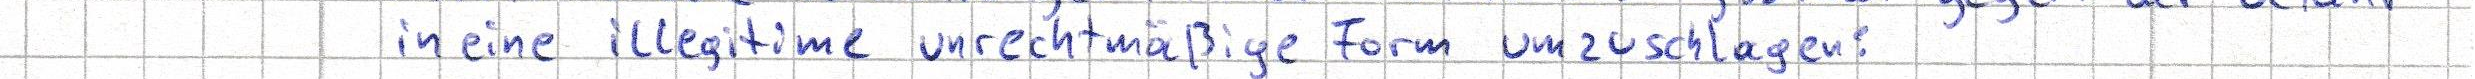
in eine illegitime unrechtmäßige Form umzuschlagen: